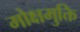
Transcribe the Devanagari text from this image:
मोक्षमुक्ति